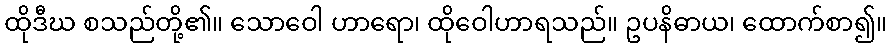
ထိုဒီဃ စသည်တို့၏။ သောဝေါ ဟာရော၊ ထိုဝေါဟာရသည်။ ဥပနိဓာယ၊ ထောက်စာ၍။